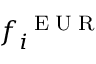
f _ { i } ^ { \mathrm { ~ \tiny ~ E ~ U ~ R ~ } }